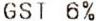
GST 6%